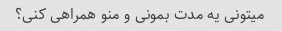
میتونی یه مدت بمونی و منو همراهی کنی؟